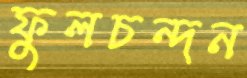
ফুলচন্দন